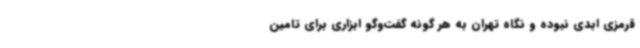
قرمزی ابدی نبوده و نگاه تهران به هر گونه گفت‌وگو ابزاری برای تامین